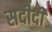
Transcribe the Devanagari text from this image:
सदीदी